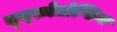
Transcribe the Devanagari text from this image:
द्य्स्मेत्रोप्सिया